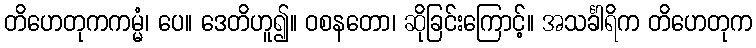
တိဟေတုကကမ္မံ၊ ပေ။ ဒေတိဟူ၍။ ဝစနတော၊ ဆိုခြင်းကြောင့်။ အသင်္ခါရိက တိဟေတုက